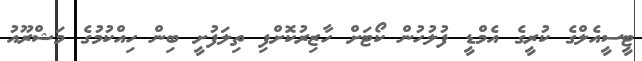
ޓީސީއެލްގެ ކުރީގެ އެމްޑީ ފުލުހުން ކޯޓަށް ހާޒިރުކޮށްފި ތިލަފުށީ ބިން ހިއްކުމުގެ މަޝްރޫއު